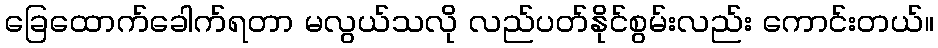
ခြေထောက်ခေါက်ရတာ မလွယ်သလို လည်ပတ်နိုင်စွမ်းလည်း ကောင်းတယ်။